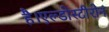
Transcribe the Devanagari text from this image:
है।एल्डोस्टीरोन